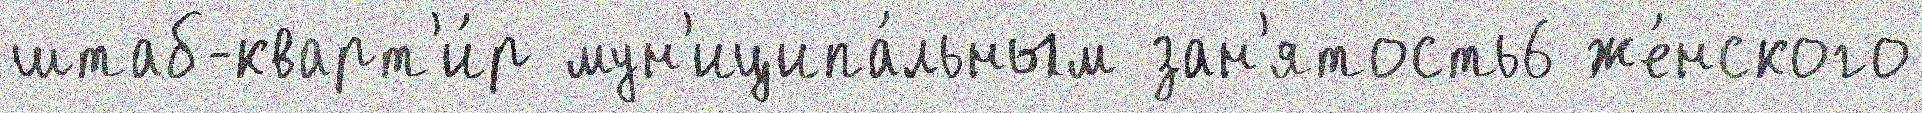
штаб-кварт'и́р мун'иципа́льным зан'ятость6 же́нского